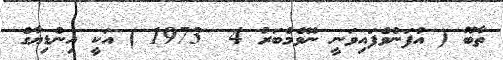
ތާބޫ ( އުފަންވެފައިވަނީ ނޮވެމްބަރު 4  1973 ) އަކީ އިންޑިޔާގެ